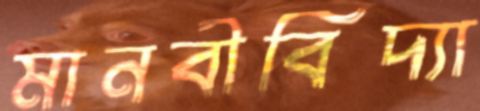
মানবীবিদ্যা